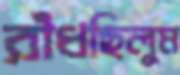
রাঁধছিলুম